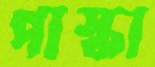
পাস্কা